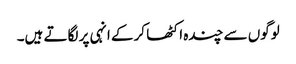
لوگوں سے چندہ اکٹھا کرکے انہی پر لگاتے ہیں۔